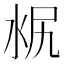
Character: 𣳣